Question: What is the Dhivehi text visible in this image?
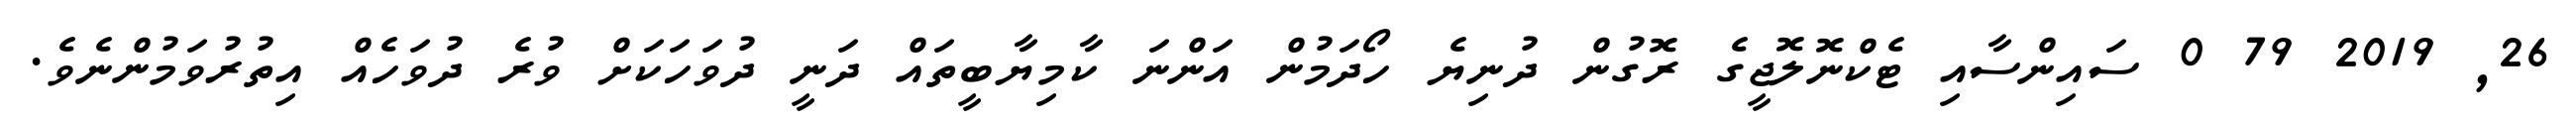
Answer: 26, 2019 79 0 ސައިންސާއި ޓެކްނޮލޮޖީގެ ރޮގުން ދުނިޔެ ހޯދަމުން އަންނަ ކާމިޔާބީތައް ދަނީ ދުވަހަކަށް ވުރެ ދުވަހެއް އިތުރުވަމުންނެވެ.